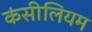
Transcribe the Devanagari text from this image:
कंसीलियम